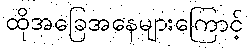
ထိုအခြေအနေများကြောင့်